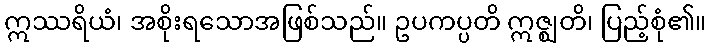
ဣဿရိယံ၊ အစိုးရသောအဖြစ်သည်။ ဥပကပ္ပတိ ဣဇ္ဈတိ၊ ပြည့်စုံ၏။